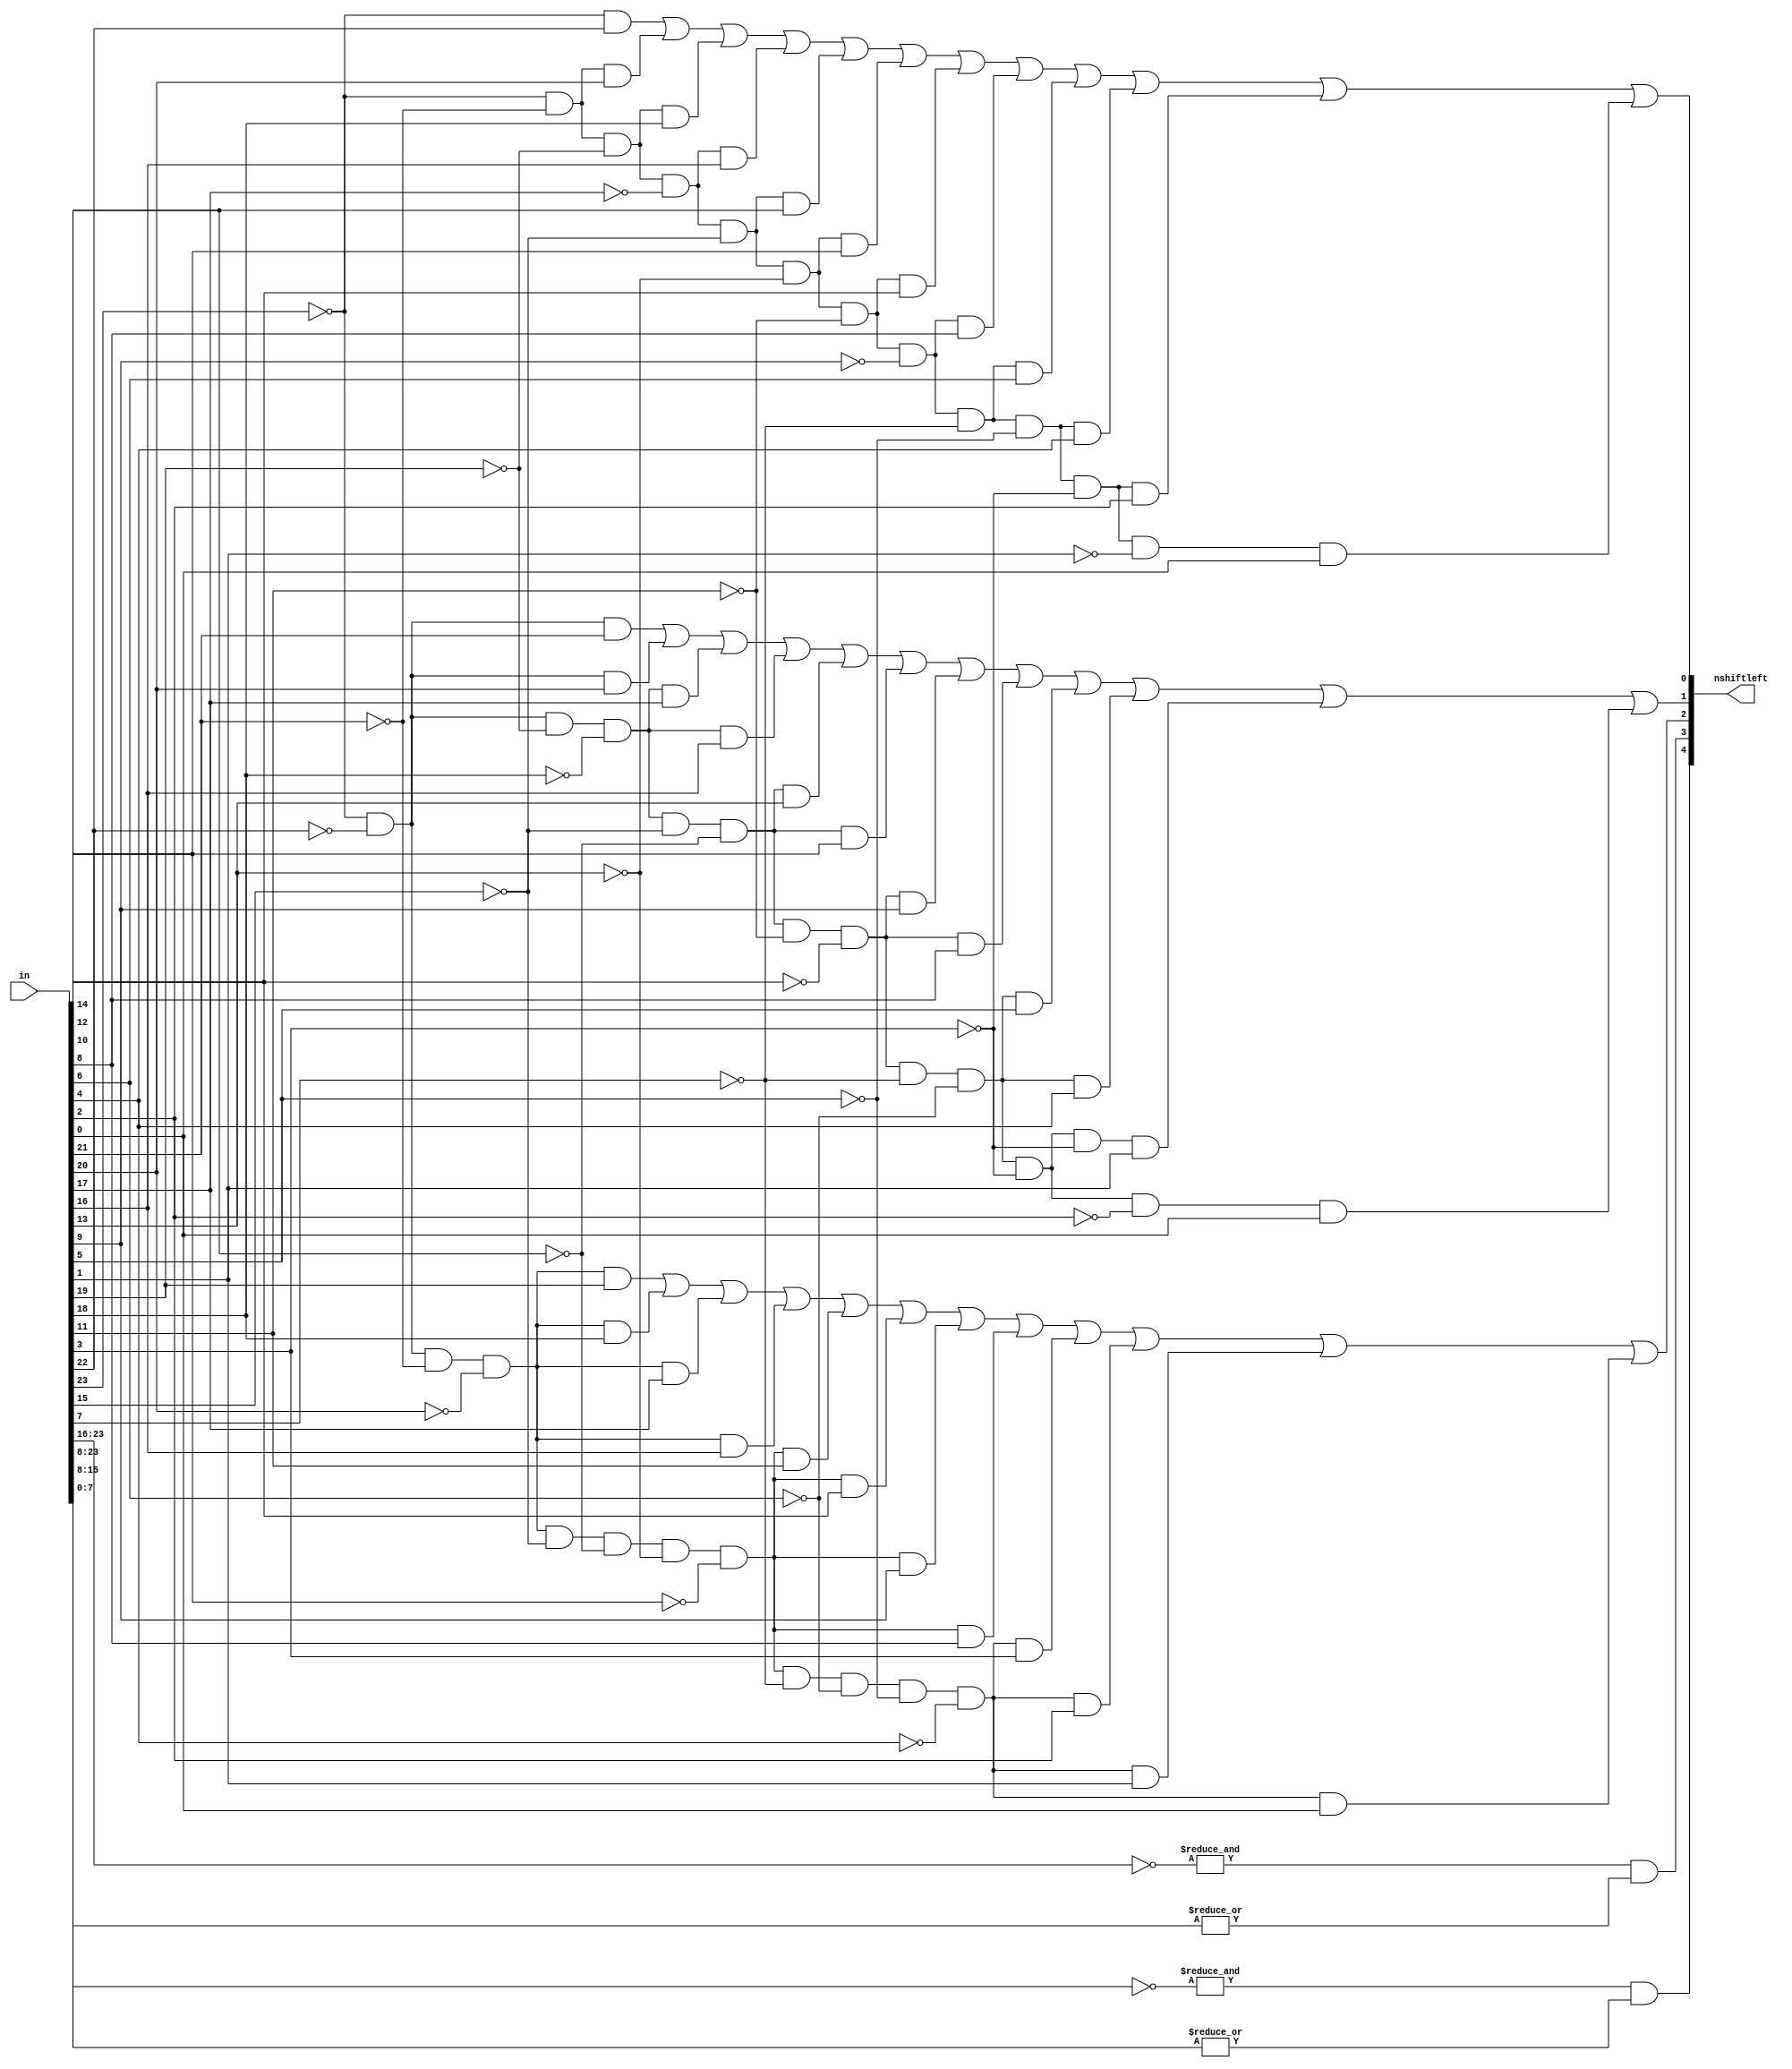
module find1(in, nshiftleft);

input	[23:0] 	in;
output	[4:0]	nshiftleft;

assign 	nshiftleft[0]=	 (~in[23]&in[22])
                        |(~in[23]&~in[21]&in[20])
						|(~in[23]&~in[21]&~in[19]&in[18])
						|(~in[23]&~in[21]&~in[19]&~in[17]&in[16])
						|(~in[23]&~in[21]&~in[19]&~in[17]&~in[15]&in[14])
						|(~in[23]&~in[21]&~in[19]&~in[17]&~in[15]&~in[13]&in[12])
						|(~in[23]&~in[21]&~in[19]&~in[17]&~in[15]&~in[13]&~in[11]&in[10])
						|(~in[23]&~in[21]&~in[19]&~in[17]&~in[15]&~in[13]&~in[11]&~in[9]&in[8])
						|(~in[23]&~in[21]&~in[19]&~in[17]&~in[15]&~in[13]&~in[11]&~in[9]&~in[7]&in[6])
						|(~in[23]&~in[21]&~in[19]&~in[17]&~in[15]&~in[13]&~in[11]&~in[9]&~in[7]&~in[5]&in[4])
						|(~in[23]&~in[21]&~in[19]&~in[17]&~in[15]&~in[13]&~in[11]&~in[9]&~in[7]&~in[5]&~in[3]&in[2])
						|(~in[23]&~in[21]&~in[19]&~in[17]&~in[15]&~in[13]&~in[11]&~in[9]&~in[7]&~in[5]&~in[3]&~in[1]&in[0]);

assign	nshiftleft[1]=  (~in[23]&~in[22]&in[21])
                        |(~in[23]&~in[22]&in[20])
						|(~in[23]&~in[22]&~in[19]&~in[18]&in[17])
						|(~in[23]&~in[22]&~in[19]&~in[18]&in[16])
						|(~in[23]&~in[22]&~in[19]&~in[18]&~in[15]&~in[14]&in[13])
						|(~in[23]&~in[22]&~in[19]&~in[18]&~in[15]&~in[14]&in[12])
						|(~in[23]&~in[22]&~in[19]&~in[18]&~in[15]&~in[14]&~in[11]&~in[10]&in[9])
						|(~in[23]&~in[22]&~in[19]&~in[18]&~in[15]&~in[14]&~in[11]&~in[10]&in[8])
						|(~in[23]&~in[22]&~in[19]&~in[18]&~in[15]&~in[14]&~in[11]&~in[10]&~in[7]&~in[6]&in[5])
						|(~in[23]&~in[22]&~in[19]&~in[18]&~in[15]&~in[14]&~in[11]&~in[10]&~in[7]&~in[6]&in[4])
						|(~in[23]&~in[22]&~in[19]&~in[18]&~in[15]&~in[14]&~in[11]&~in[10]&~in[7]&~in[6]&~in[3]&~in[3]&in[1])
						|(~in[23]&~in[22]&~in[19]&~in[18]&~in[15]&~in[14]&~in[11]&~in[10]&~in[7]&~in[6]&~in[3]&~in[2]&in[0]);

assign	nshiftleft[2]=	(~in[23]&~in[22]&~in[21]&~in[20]&in[19])
                        |(~in[23]&~in[22]&~in[21]&~in[20]&in[18])
						|(~in[23]&~in[22]&~in[21]&~in[20]&in[17])
						|(~in[23]&~in[22]&~in[21]&~in[20]&in[16])
						|(~in[23]&~in[22]&~in[21]&~in[20]&~in[15]&~in[14]&~in[13]&~in[12]&in[11])
						|(~in[23]&~in[22]&~in[21]&~in[20]&~in[15]&~in[14]&~in[13]&~in[12]&in[10])
						|(~in[23]&~in[22]&~in[21]&~in[20]&~in[15]&~in[14]&~in[13]&~in[12]&in[9])
						|(~in[23]&~in[22]&~in[21]&~in[20]&~in[15]&~in[14]&~in[13]&~in[12]&in[8])
						|(~in[23]&~in[22]&~in[21]&~in[20]&~in[15]&~in[14]&~in[13]&~in[12]&~in[7]&~in[6]&~in[5]&~in[4]&in[3])
						|(~in[23]&~in[22]&~in[21]&~in[20]&~in[15]&~in[14]&~in[13]&~in[12]&~in[7]&~in[6]&~in[5]&~in[4]&in[2])
						|(~in[23]&~in[22]&~in[21]&~in[20]&~in[15]&~in[14]&~in[13]&~in[12]&~in[7]&~in[6]&~in[5]&~in[4]&in[1])
						|(~in[23]&~in[22]&~in[21]&~in[20]&~in[15]&~in[14]&~in[13]&~in[12]&~in[7]&~in[6]&~in[5]&~in[4]&in[0]);

assign	nshiftleft[3]=	((&(~in[23:16]))&(|in[15:8]));
assign	nshiftleft[4]=	((&(~in[23:8]))&(|in[7:0]));
endmodule